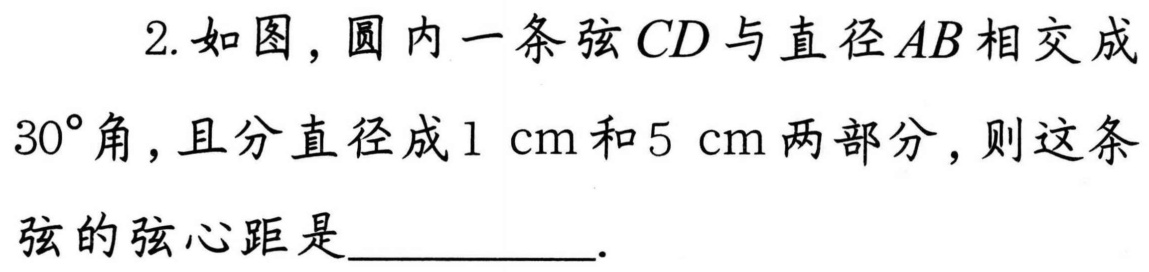
2. 如图，圆内一条弦\(CD\)与直径\(AB\)相交成\(30^{\circ}\)角，且分直径成\(1\mathrm{cm}\)和\(5\mathrm{cm}\)两部分，则这条弦的弦心距是___________．